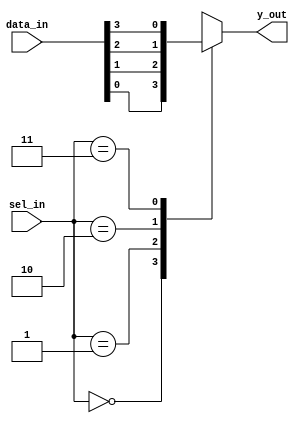
/********************************************************************************************
Copyright 2019 - Maven Silicon Softech Pvt Ltd. 
 
All Rights Reserved.

This source code is an unpublished work belongs to Maven Silicon Softech Pvt Ltd.

It is not to be shared with or used by any third parties who have not enrolled for our paid training 

courses or received any written authorization from Maven Silicon.


Webpage     :      www.maven-silicon.com

Filename    :	   mux4_1.v   

Description :      Mux 4:1 design

Author Name :      Susmita

Version     :      1.0
*********************************************************************************************/
 
module mux4_1(data_in,
	      sel_in,
	      y_out);

				 

   //Step1 : Define the port directions with proper size & datatypes 
   input [3:0]data_in;
   input [1:0]sel_in;
   output reg y_out;

   //Step2 : Write the MUX behaviour as a parallel logic using "case" 
   always@(data_in,sel_in)
      begin
	 case(sel_in)
	    2'd0   : y_out = data_in[0];
	    2'd1   : y_out = data_in[1];
	    2'd2   : y_out = data_in[2];
	    2'd3   : y_out = data_in[3];
	    default: y_out = 0;
         endcase
      end 
					

endmodule